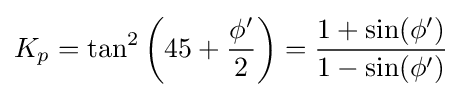
K_{p}=\tan ^{2}\left(45+{\frac {\phi '}{2}}\right)={\frac {1+\sin(\phi ')}{1-\sin(\phi ')}}